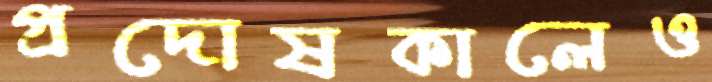
প্রদোষকালেও